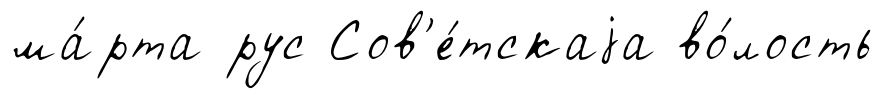
ма́рта рус Сов'е́тскаjа во́лость